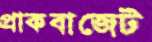
প্রাকবাজেট